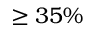
\geq 3 5 \%